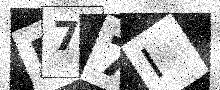
Text: D77I